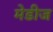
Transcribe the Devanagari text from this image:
मेडीज